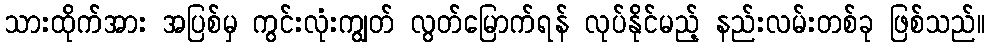
သားထိုက်အား အပြစ်မှ ကွင်းလုံးကျွတ် လွတ်မြောက်ရန် လုပ်နိုင်မည့် နည်းလမ်းတစ်ခု ဖြစ်သည်။